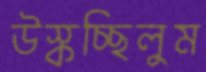
উস্‌কচ্ছিলুম